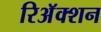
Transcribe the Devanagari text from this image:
रिअॅक्शन